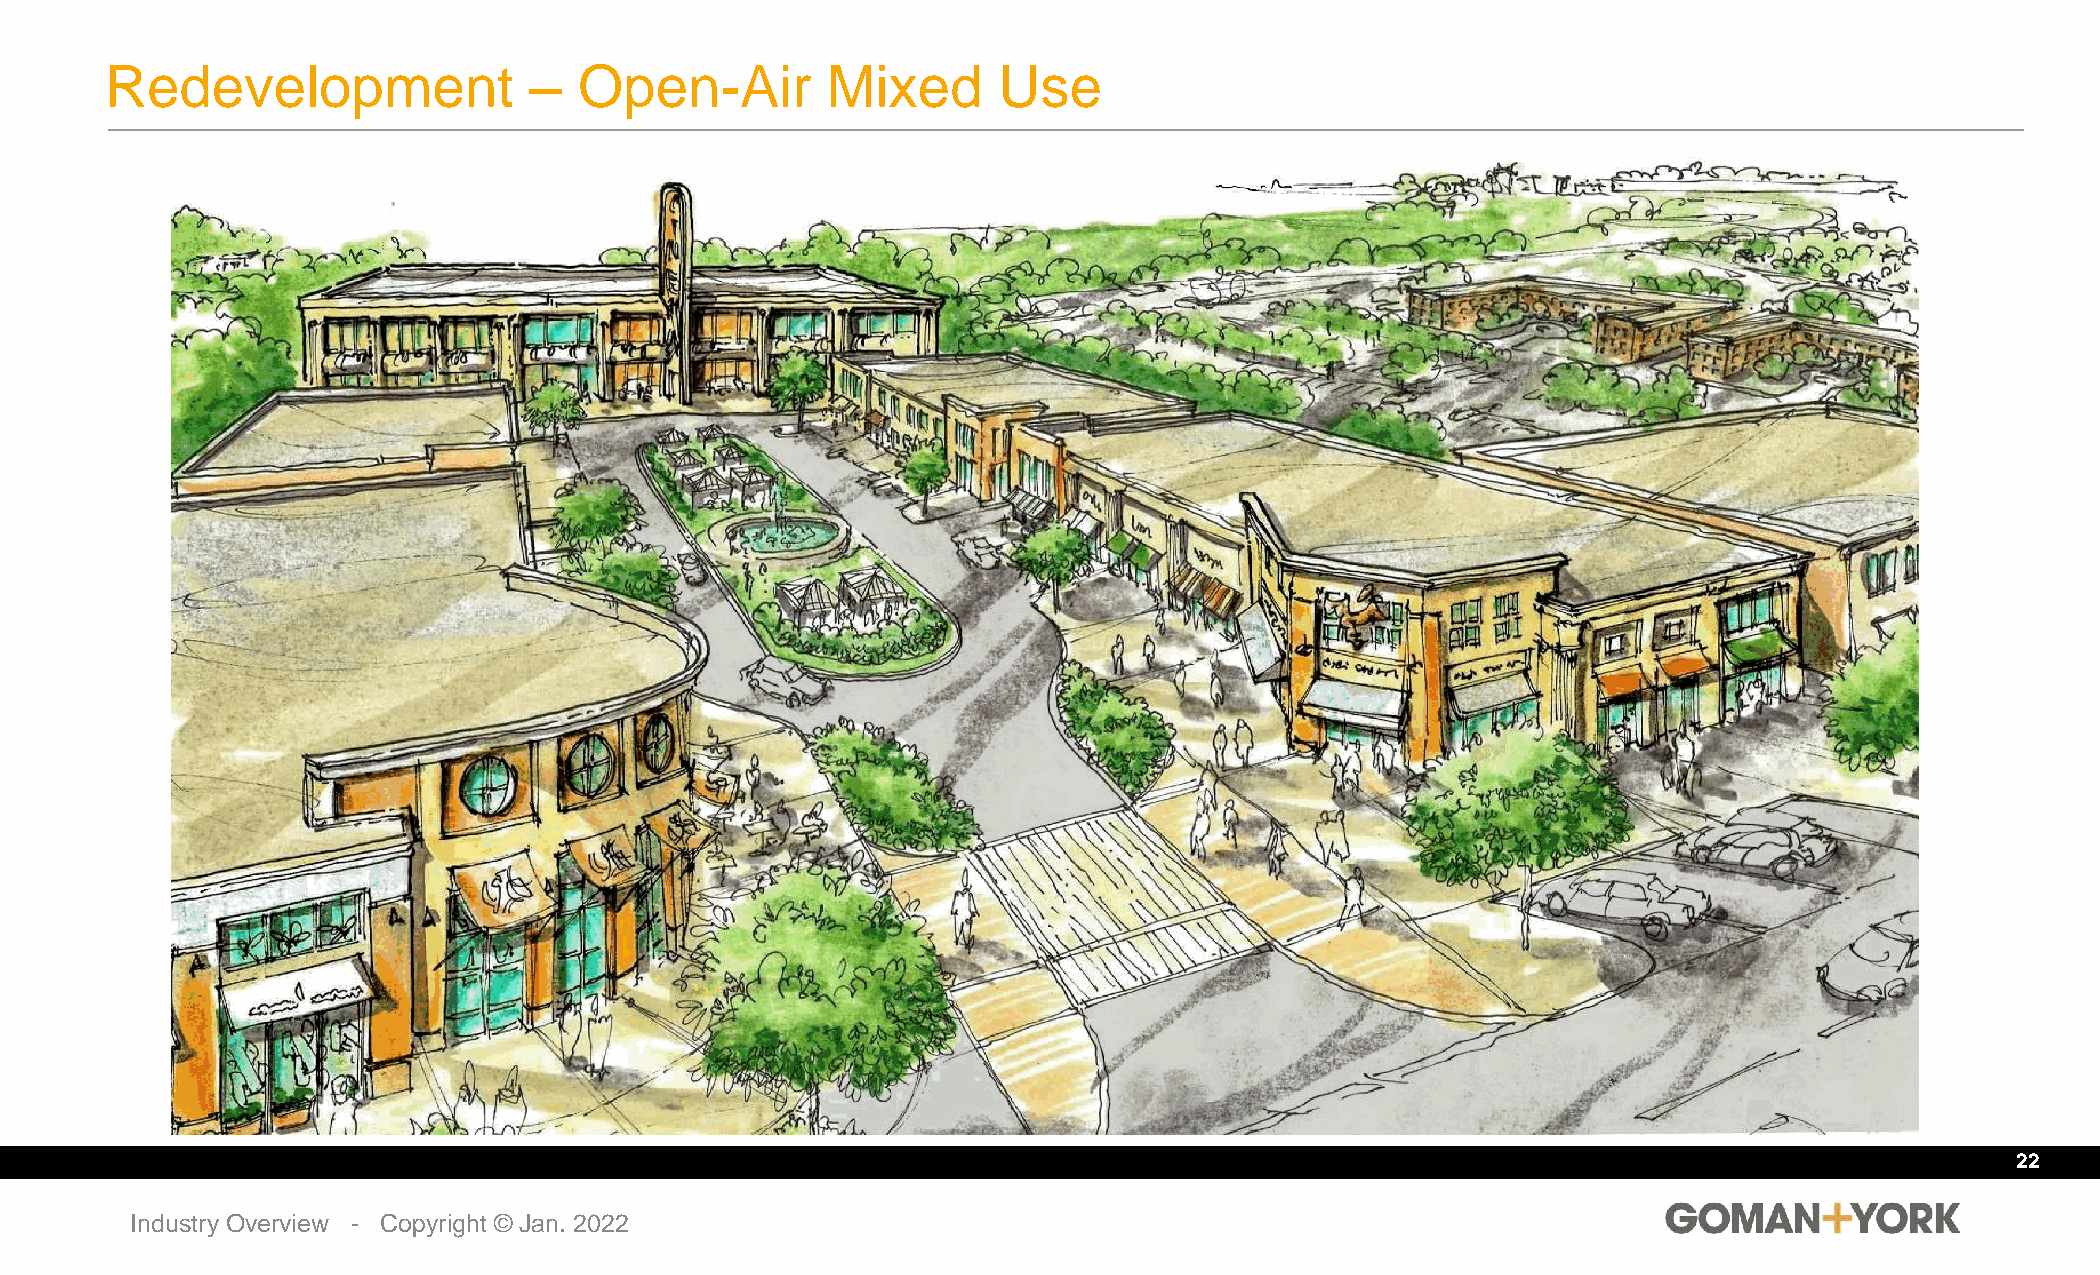
Redevelopment               –  Open-Air         Mixed      Use
 22
 Industry Overview - Copyright © Jan. 2022